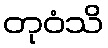
တုဝံသိ